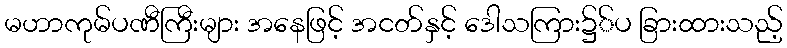
မဟာကုမ်ပဏီကြီးများ အနေဖြင့် အငတ်နှင့် ဒေါသကြား၌်ပ ခြားထားသည့်